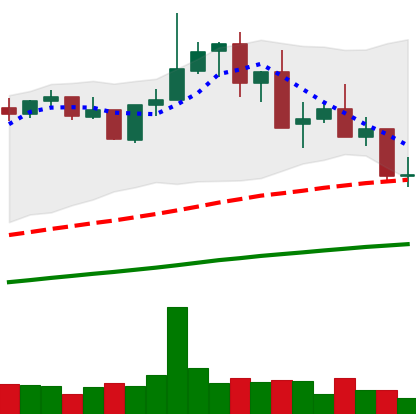
Ticker: XMR-USD
Chart end date: 2021-05-18
Forward return: -33.21%
Label: down_7plus